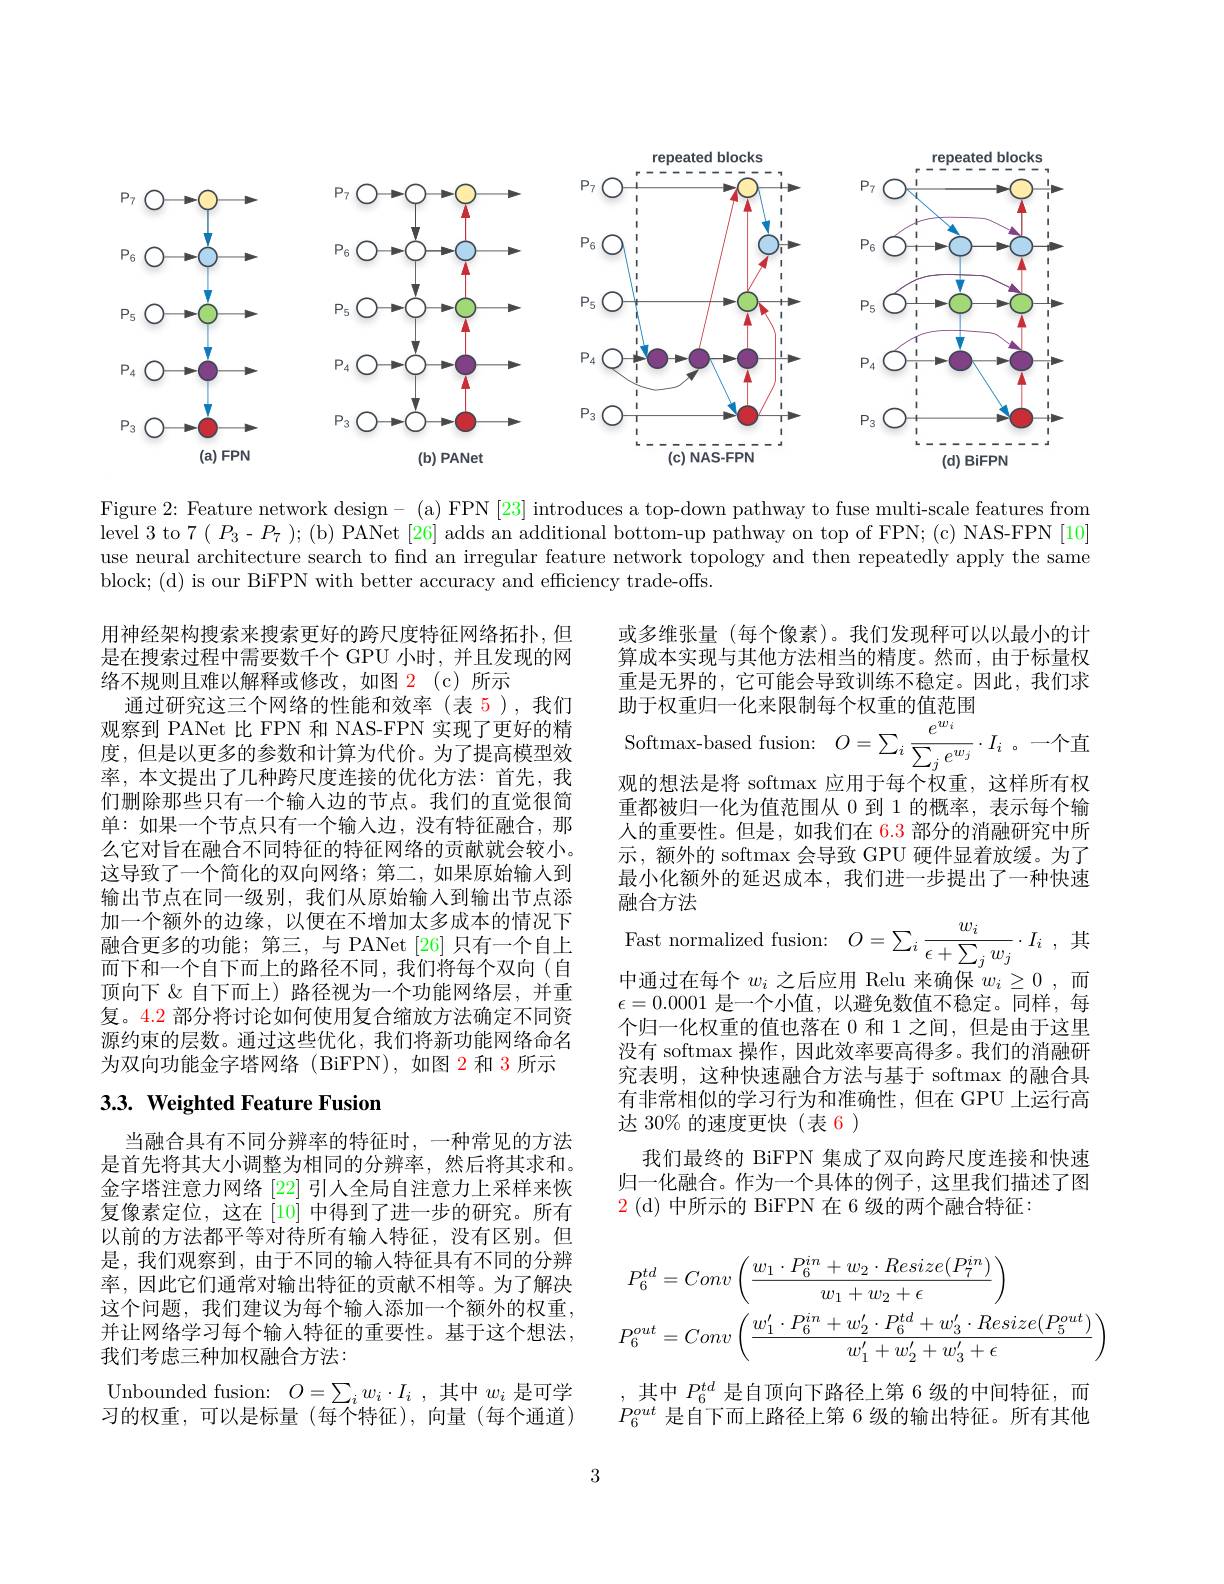
<FigureHere>

Figure 2: Feature network design- (a) FPN [23] introduces a top-down pathway to fuse multi-scale features from level 3 to 7$(P_3-P_7$ ); (b) PANet [26] adds an additional bottom-up pathway on top of FPN; (c) NAS-FPN [10] use neural architecture search to find an irregular feature network topology and then repeatedly apply the same block; (d) is our BiFPN with better accuracy and efficiency trade-offs.

用神经架构搜索来搜索更好的跨尺度特征网络拓扑，但是在搜索过程中需要数千个 GPU 小时，并且发现的网络不规则且难以解释或修改，如图 2(c)所示
通过研究这三个网络的性能和效率(表 5),我们观察到 PANet 比 FPN 和 NAS-FPN 实现了更好的精度，但是以更多的参数和计算为代价。为了提高模型效率，本文提出了几种跨尺度连接的优化方法：首先，我们删除那些只有一个输入边的节点。我们的直觉很简单：如果一个节点只有一个输入边，没有特征融合，那么它对旨在融合不同特征的特征网络的贡献就会较小。这导致了一个简化的双向网络；第二，如果原始输人到输出节点在同一级别，我们从原始输入到输出节点添加一个额外的边缘，以便在不增加太多成本的情况下融合更多的功能；第三，与 PANet [26] 只有一个自上而下和一个自下而上的路径不同，我们将每个双向(自顶向下 &自下而上)路径视为一个功能网络层，并重复。4.2 部分将讨论如何使用复合缩放方法确定不同资源约束的层数。通过这些优化，我们将新功能网络命名为双向功能金字塔网络(BiFPN),如图 2 和 3 所示

或多维张量 (每个像素)。我们发现秤可以以最小的计算成本实现与其他方法相当的精度。然而，由于标量权重是无界的，它可能会导致训练不稳定。因此，我们求助于权重归一化来限制每个权重的值范围
Softmax- based fusion: $O= \sum _{i}\frac {e^{w_{i}}}{\sum _{j}e^{w_{j}}}\cdot I_{i}$。一个直观的想法是将 softmax 应用于每个权重，这样所有权重都被归一化为值范围从 0 到 1 的概率，表示每个输人的重要性。但是，如我们在 6.3 部分的消融研究中所示，额外的 softmax 会导致 GPU 硬件显着放缓。为了最小化额外的延迟成本，我们进一步提出了一种快速融合方法
Fast normalized fusion: $O= \sum _{i}\frac {w_{i}}{\epsilon + \sum _{j}w_{j}}\cdot I_{i}$ ,其中通过在每个$w_i$之后应用 Relu 来确保$w_i\geq0$,而$\epsilon=0.0001$是一个小值，以避免数值不稳定。同样，每个归一化权重的值也落在 0 和 1 之间，但是由于这里没有 softmax 操作，因此效率要高得多。我们的消融研究表明，这种快速融合方法与基于 softmax 的融合具有非常相似的学习行为和准确性，但在 GPU 上运行高达 30% 的速度更快(表 6)
我们最终的 BiFPN 集成了双向跨尺度连接和快速归一化融合。作为一个具体的例子，这里我们描述了图$\color{red}{2}\mathrm{~(d)~}$中所示的 BiFPN 在 6 级的两个融合特征：

# 3.3. Weighted Feature Fusion

当融合具有不同分辨率的特征时，一种常见的方法是首先将其大小调整为相同的分辨率，然后将其求和。金字塔注意力网络[22]引人全局自注意力上采样来恢复像素定位，这在[10]中得到了进一步的研究。所有以前的方法都平等对待所有输入特征，没有区别。但是，我们观察到，由于不同的输入特征具有不同的分辨率，因此它们通常对输出特征的贡献不相等。为了解决这个问题，我们建议为每个输入添加一个额外的权重， 并让网络学习每个输人特征的重要性。基于这个想法， 我们考虑三种加权融合方法：
Unbounded fusion: $O= \sum _{i}w_{i}\cdot I_{i}$ ,其中$w_i$ 是可学习的权重，可以是标量(每个特征),向量(每个通道)
$$P_{6}^{td}=Conv\left(\frac{w_{1}\cdot P_{6}^{in}+w_{2}\cdot Resize(P_{7}^{in})}{w_{1}+w_{2}+\epsilon}\right)\\P_{6}^{out}=Conv\left(\frac{w_{1}^{\prime}\cdot P_{6}^{in}+w_{2}^{\prime}\cdot P_{6}^{td}+w_{3}^{\prime}\cdot Resize(P_{5}^{out})}{w_{1}^{\prime}+w_{2}^{\prime}+w_{3}^{\prime}+\epsilon}\right)$$
,其中$P_{6}^{td}$是自顶向下路径上第 6 级的中间特征，而$P_{6}^{out}$是自下而上路径上第 6 级的输出特征。所有其他

3